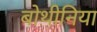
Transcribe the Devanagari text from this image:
बोथीनिया